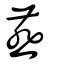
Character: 鷰